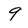
Character: 9